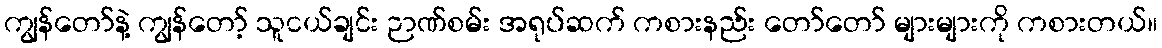
ကျွန်တော်နဲ့ ကျွန်တော့် သူငယ်ချင်း ဉာဏ်စမ်း အရုပ်ဆက် ကစားနည်း တော်တော် များများကို ကစားတယ်။